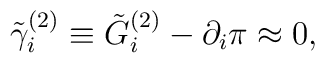
\tilde \gamma _i^{(2)}\equiv \tilde G_i^{(2)}-\partial _i\pi\approx 0,